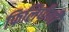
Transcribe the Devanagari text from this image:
फिलिपीनी